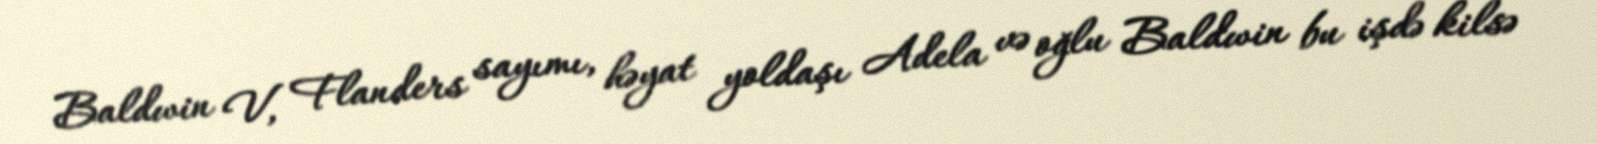
Baldwin V, Flanders sayımı, həyat yoldaşı Adela və oğlu Baldwin bu işdə kilsə